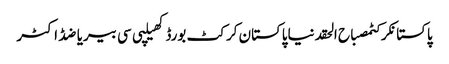
پاکستانکرکٹمصباح الحقدنیاپاکستان کرکٹ بورڈکھیلپی سی بیریاضڈاکٹر